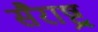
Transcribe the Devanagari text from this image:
सैराष्ट्र